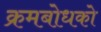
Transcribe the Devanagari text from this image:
क्रमबोधको